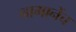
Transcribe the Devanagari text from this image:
नामानेंच